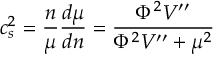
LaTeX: c _ { s } ^ { 2 } = \frac n \mu \frac { d \mu } { d n } = \frac { \Phi ^ { 2 } V ^ { \prime \prime } } { \Phi ^ { 2 } V ^ { \prime \prime } + \mu ^ { 2 } }